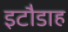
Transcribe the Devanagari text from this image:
इटौडाह